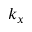
k _ { x }